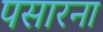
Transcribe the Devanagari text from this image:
पसारना